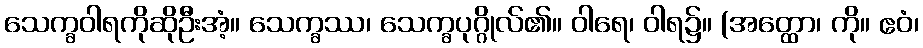
သေက္ခဝါရကိုဆိုဦးအံ့။ သေက္ခဿ၊ သေက္ခပုဂ္ဂိုလ်၏။ ဝါရေ၊ ဝါရ၌။ (အတ္ထော၊ ကို။ ဧဝံ၊